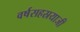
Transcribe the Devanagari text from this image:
वर्षसहस्रयाजी